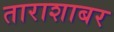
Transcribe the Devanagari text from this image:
ताराशाबर